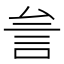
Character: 𰴨